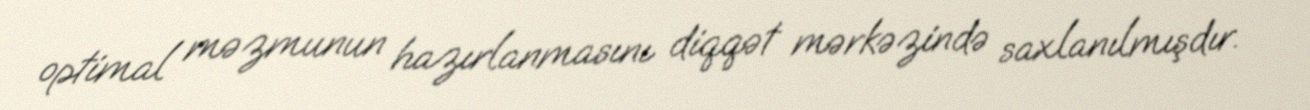
optimal məzmunun hazırlanmasını diqqət mərkəzində saxlanılmışdır.